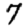
Digit: 7